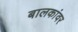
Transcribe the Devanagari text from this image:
बालकांवर